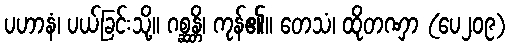
ပဟာနံ၊ ပယ်ခြင်းသို့။ ဂစ္ဆန္တိ၊ ကုန်၏။ တေသံ၊ ထိုတဏှာ (ပေ၂၀၉)